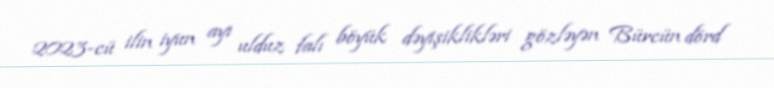
2023-cü ilin iyun ayı ulduz falı böyük dəyişiklikləri gözləyən Bürcün dörd